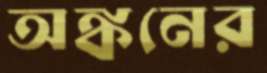
অঙ্কনের